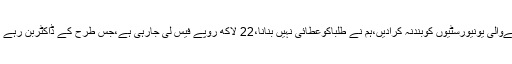
چیف جسٹس پاکستان نے ریمارکس دیتے ہوئے کہا کہ ایسے کالجزکاالحاق کرنےوالی یونیورسٹیوں کوبندنہ کرادیں،ہم نے طلباکوعطائی نہیں بنانا،22 لاکھ روپے فیس لی جارہی ہے،جس طرح کے ڈاکٹربن رہے ہیں،ہمیں معلوم ہے،ایسے کالجزکے ڈاکٹرنبض دیکھ سکتے ہیں نہ ہی بلڈپریشر۔